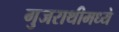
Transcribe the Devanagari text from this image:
गुजराथीमध्ये